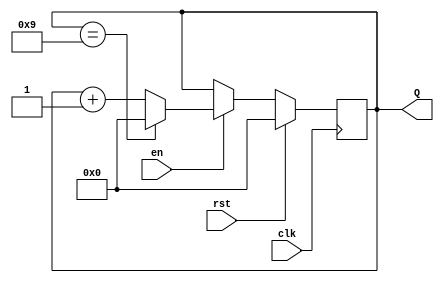
module bcd_counter (
    input wire clk,      // Clock input
    input wire rst,      // Reset input (active high)
    input wire en,       // Enable input (active high)
    output reg [3:0] Q   // 4-bit output for BCD count
);

// Always block triggered on the rising edge of the clock
always @(posedge clk) begin
    if (rst) begin
        // Reset the counter to 0000
        Q <= 4'b0000;
    end else if (en) begin
        // Increment the counter if enabled
        if (Q == 4'b1001) begin
            // If the counter reaches 9 (1001), reset to 0000
            Q <= 4'b0000;
        end else begin
            // Otherwise, increment the counter
            Q <= Q + 1;
        end
    end
end

endmodule